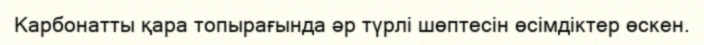
Карбонатты қара топырағында әр түрлі шөптесін өсімдіктер өскен.